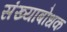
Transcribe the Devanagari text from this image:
संख्याबोधक